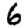
Digit: 6